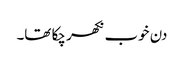
دن خوب نکھر چکا تھا۔